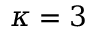
\kappa = 3